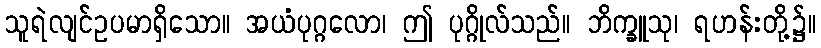
သူရဲလျင်ဥပမာရှိသော။ အယံပုဂ္ဂလော၊ ဤ ပုဂ္ဂိုလ်သည်။ ဘိက္ခူသု၊ ရဟန်းတို့၌။